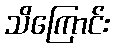
သိကြောင်း